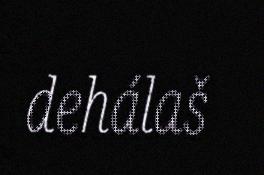
dehálaš